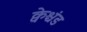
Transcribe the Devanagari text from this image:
क्वेश्चंड